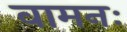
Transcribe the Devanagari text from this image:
वामनः